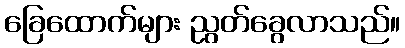
ခြေထောက်များ ညွတ်ခွေလာသည်။